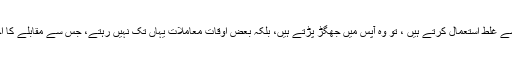
’’ البتہ جب لوگ اس احساس کو توازن کے ساتھ نہیں لیتے اور اس پر کاربند نہیں ہوتے اور اسے غلط استعمال کرتے ہیں ، تو وہ آپس میں جھگڑ پڑتے ہیں، بلکہ بعض اوقات معاملات یہاں تک نہیں رہتے، جس سے مقابلے کا احساس حسد اور بغض میں بدل جاتا ہے ، جبکہ اہل ایمان کے لیے یہ بات نہایت خطرناک ہے۔